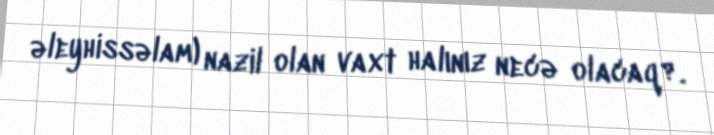
əleyhissəlam) nazil olan vaxt halınız necə olacaq?.